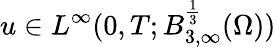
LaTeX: u\in L^{\infty}(0,T;B_{3,\infty}^{\frac 13}(\Omega))